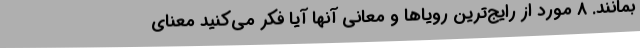
بمانند. 8 مورد از رایج‌ترین رویاها و معانی آنها آیا فکر می‌کنید معنای